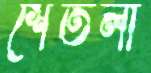
শেতলা